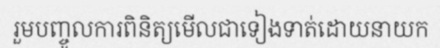
រួមបញ្ចូលការពិនិត្យមើលជាទៀងទាត់ដោយនាយក